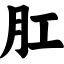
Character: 肛